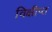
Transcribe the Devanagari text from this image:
विक्षीप्त